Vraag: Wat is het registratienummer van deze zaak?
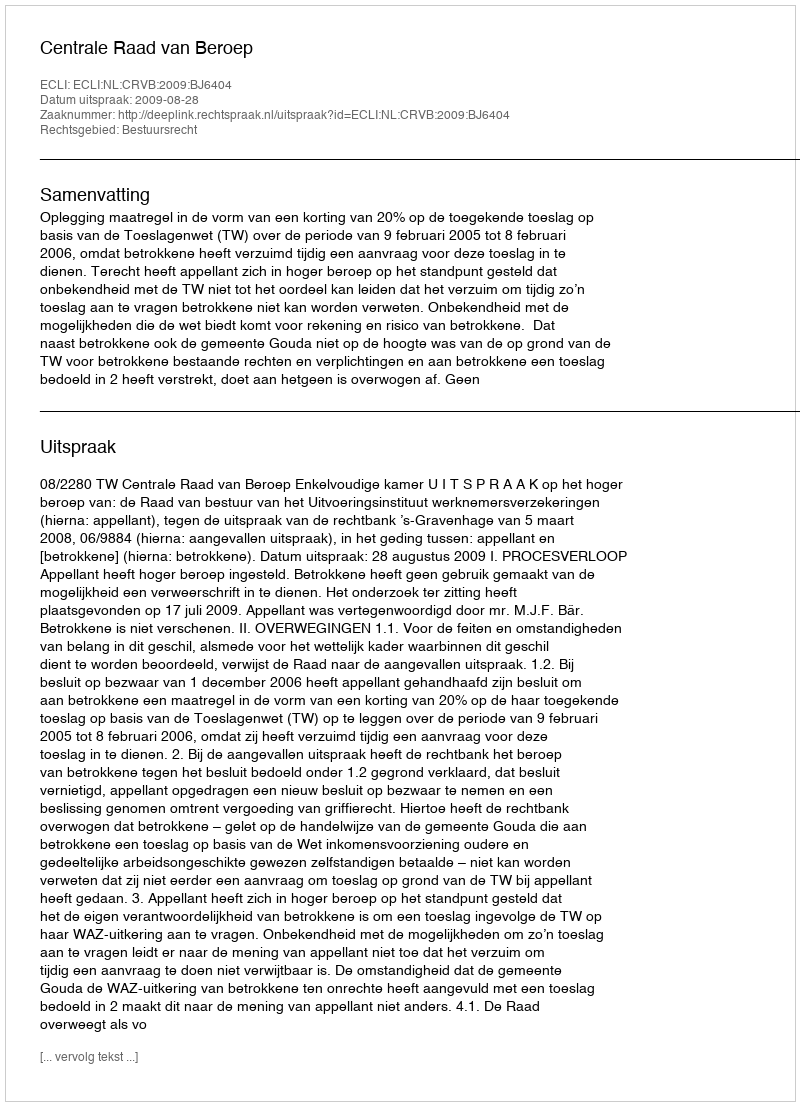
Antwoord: http://deeplink.rechtspraak.nl/uitspraak?id=ECLI:NL:CRVB:2009:BJ6404